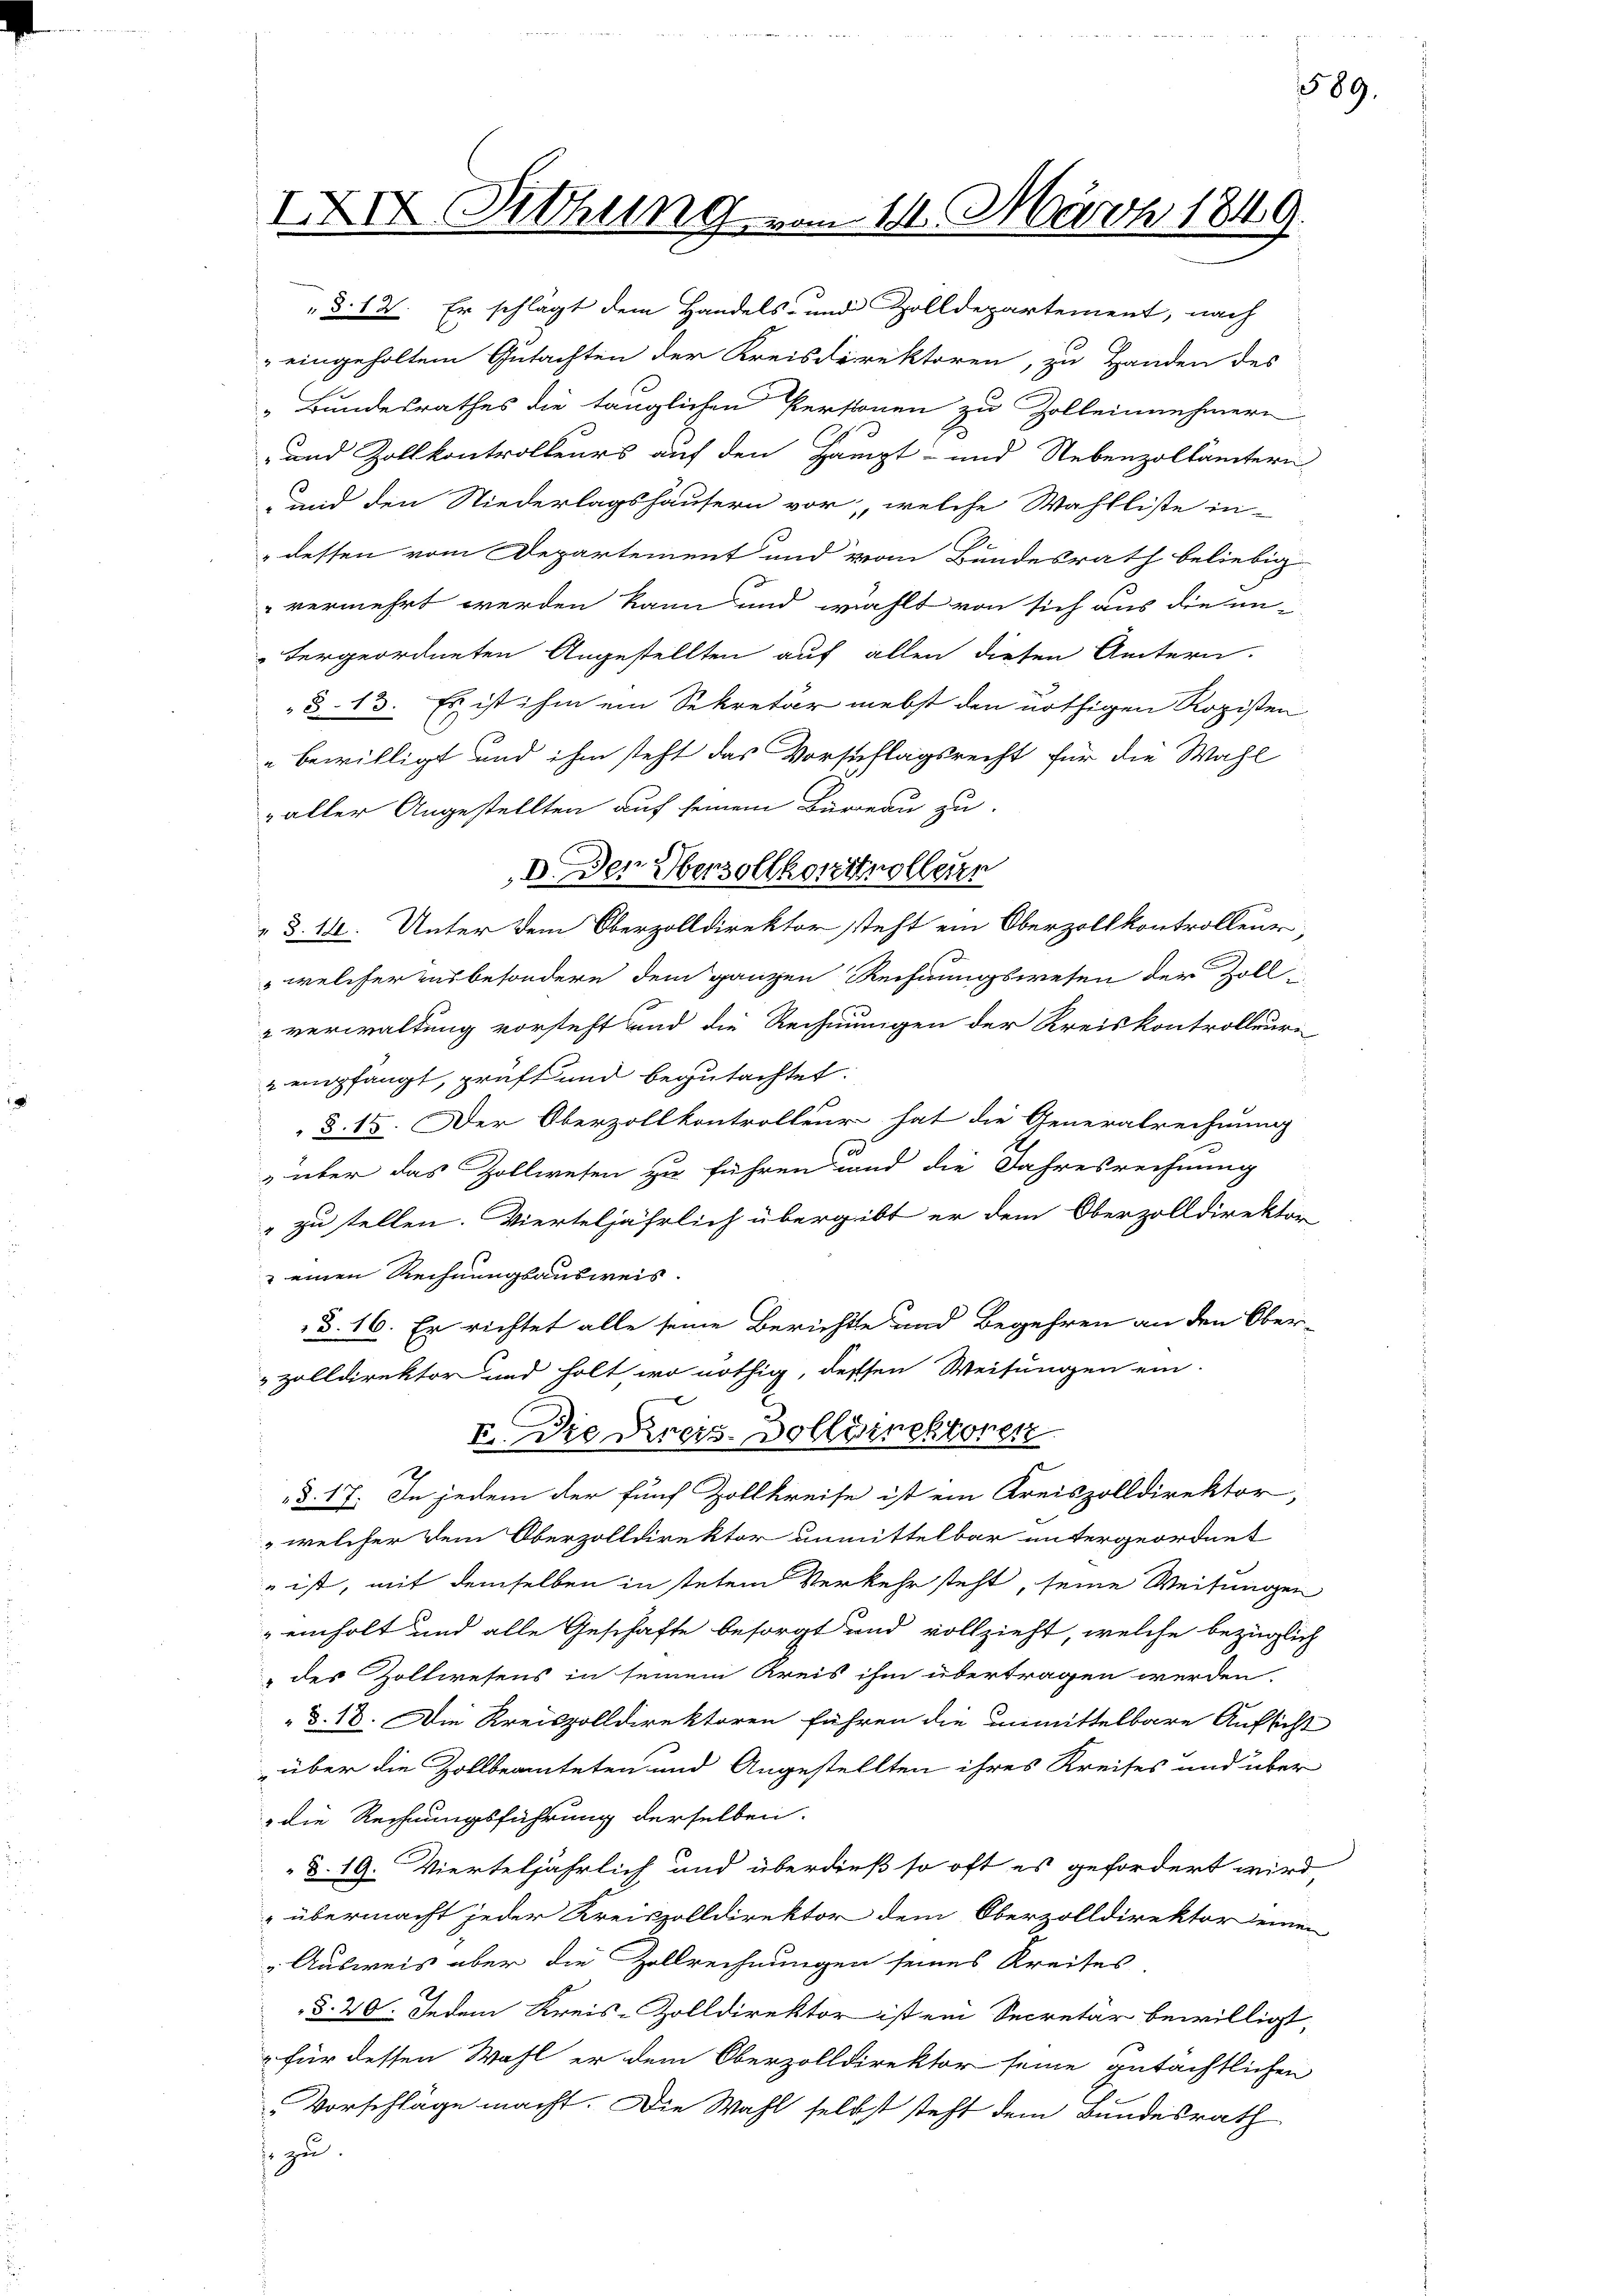
IXIV Rthung vom 11. März 1849.

§.14. Er schlägt dem Handels- und Zolldepartement, nach
eingeholtem Gutachten der Kreisdirektoren, zu Handen des
„Bundesrathes die tänglichen Personen zu Zolleinnehmern
-und Zollkontrolleurs auf den Haupt- und Nebenzollämtern
und den Niederlagshäusern vor, welche Wahlliste in-
dessen vom Departement und vom Bundesrath beliebig
" vermehrt werden kann und wählt von sich aus die un-
tergeordneten Angestellten auf allen diesen Ämtern.
§ 13. Es ist ihm ein Sekretär nebst den nöthigen Rozisten
bewilligt und ihm steht das Vorschlagsrecht für die Wahl
§.14. Unter dem Oberzolldirektor steht ein Oberzollkontrolleur,
 welcher ausbesondere dem ganzen Rechnungswesen der Zoll
verwaltung vorsteht und die Rechnungen der Kreiskontrolleur
u empfangt, prüft und begutachtet.
§. 15. Der Oberzollkontrolleur hat die Generalrechnung
 über das Zollwesen zu führen und die Jahresrechnung
" zu stellen. Vierteljährlich übergibt er dem Oberzolldirektor
 einen Rechnungsausweis
§. 16. Er richtet alle seine Berichte und Begehren an den Ober-
 zolldirektor und holt wo nöthig, dessen Weisungen ein-
F. Die Kreis-Dollötektoren
§. 17. In jedem der fünf Zollkreise ist ein Kreiszolldirektor,
welcher dem Oberzolldirektor unmittelbar untergeordnet
 ist, mit demselben in stetem Verkehr steht, seine Weisungen
einholt und alle Geschäfte besorgt und vollzieht, welche bezüglich
des Zollwesens in seinem Kreis ihm übertragen werden.
 §. 18. Die Kreiszolldirektoren führen die unmittelbare Aufsicht
über die Zollbeamteten und Angestellten ihres Kreises und über
die Rechnungsführung derselben.
§. 19. Vierteljährlich und überdieß so oft es gefordert wird,
übermacht jeder Kreiszolldirektor dem Oberzolldirektor einen
Ausweis über die Zollrechnungen seines Kreises
§. 20. Jedem Kreis-Zolldirektor ist ein Secretär bewilligt,
für dessen Wahl er dem Oberzolldirektor seine gutächtlichen
Vorschläge macht. Die Wahl selbst steht dem Bundesrath
j zu

zaller Angestellten auf seinem Bureau zu-
D. Der Überzollkontrollerer

589.